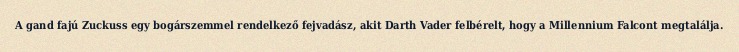
A gand fajú Zuckuss egy bogárszemmel rendelkező fejvadász, akit Darth Vader felbérelt, hogy a Millennium Falcont megtalálja.